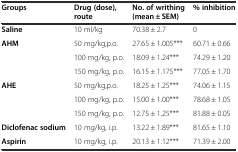
<table><thead><tr><td><b>Groups</b></td><td><b>Drug (dose), route</b></td><td><b>No. of writhing (mean ± SEM)</b></td><td><b>% inhibition</b></td></tr></thead><tbody><tr><td><b>Saline</b></td><td>10 ml/kg</td><td>70.38 ± 2.7</td><td>0</td></tr><tr><td rowspan="3"><b>AHM</b></td><td>50 mg/kg,p.o.</td><td>27.65 ± 1.005***</td><td>60.71 ± 0.66</td></tr><tr><td>100 mg/kg, p.o.</td><td>18.09 ± 1.24***</td><td>74.29 ± 1.20</td></tr><tr><td>150 mg/kg, p.o.</td><td>16.15 ± 1.175***</td><td>77.05 ± 1.70</td></tr><tr><td rowspan="3"><b>AHE</b></td><td>50 mg/kg,p.o.</td><td>18.25 ± 1.25***</td><td>74.06 ± 1.15</td></tr><tr><td>100 mg/kg, p.o.</td><td>15.00 ± 1.00***</td><td>78.68 ± 1.05</td></tr><tr><td>150 mg/kg, p.o.</td><td>12.75 ± 1.25***</td><td>81.88 ± 0.05</td></tr><tr><td><b>Diclofenac sodium</b></td><td>10 mg/kg, i.p.</td><td>13.22 ± 1.89***</td><td>81.65 ± 1.10</td></tr><tr><td><b>Aspirin</b></td><td>10 mg/kg, i.p.</td><td>20.13 ± 1.12***</td><td>71.39 ± 2.00</td></tr></tbody></table>